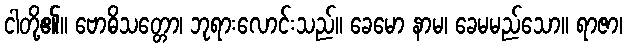
ငါတို့၏။ ဗောဓိသတ္တော၊ ဘုရားလောင်းသည်။ ခေမော နာမ၊ ခေမမည်သော။ ရာဇာ၊